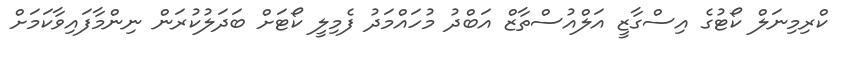
ކްރިމިނަލް ކޯޓުގެ އިސްގާޒީ އަލްއުސްތާޒް އަބްދު މުހައްމަދު ފެމިލީ ކޯޓަށް ބަދަލުކުރަން ނިންމާފައިވާކަމަށް